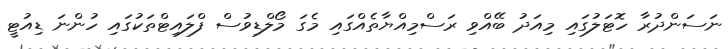
ނަސަންދުރާ ހޮޓަލުގައި މިއަދު ބޭއްވި ރަސްމިއްޔާތެއްގައި މެގަ މޯލްޑިވުސް ފްލައިޓްތަކުގައި ހުންނަ ޑިއުޓީ